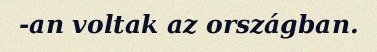
-an voltak az országban.